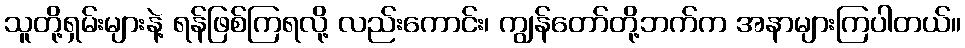
သူတို့ရှမ်းများနဲ့ ရန်ဖြစ်ကြရလို့ လည်းကောင်း၊ ကျွန်တော်တို့ဘက်က အနာများကြပါတယ်။